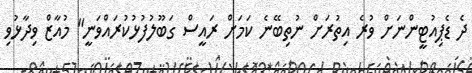
ދެ ޑެޕިއުޓީންނަށް ވުރެ އިތުރަށް ނުތިބޭނެ ކަމަށް ރައީސް ގަބޫލުފުޅުކުރައްވަނީ" މުއާޒް ވިދާޅުވި